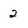
Character: 2